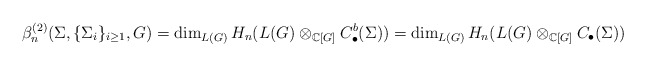
\begin{align*}\beta_n^{(2)}(\Sigma,\{\Sigma_i\}_{i\geq1},G) = \dim_{L(G)} H_n(L(G) \otimes_{\mathbb{C}[G]} C_\bullet^b(\Sigma))= \dim_{L(G)} H_n(L(G) \otimes_{\mathbb{C}[G]} C_\bullet(\Sigma))\end{align*}